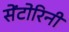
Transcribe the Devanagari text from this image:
सेंटोरिनी